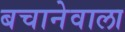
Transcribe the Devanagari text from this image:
बचानेवाला